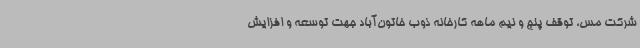
شرکت مس، توقف پنج و نیم ماهه کارخانه ذوب خاتون‌آباد جهت توسعه و افزایش